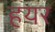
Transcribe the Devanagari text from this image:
हयर